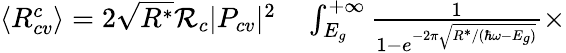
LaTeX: \begin{array}{rl}{\langle R_{cv}^{c}\rangle=2\sqrt{R^{*}}\mathcal{R}_{c}|P_{cv}|^{2}}&{{}\int_{E_{g}}^{+\infty}\frac{1}{1-e^{-2\pi\sqrt{R^{*}/(\hbar\omega-E_{g})}}}\times}\end{array}